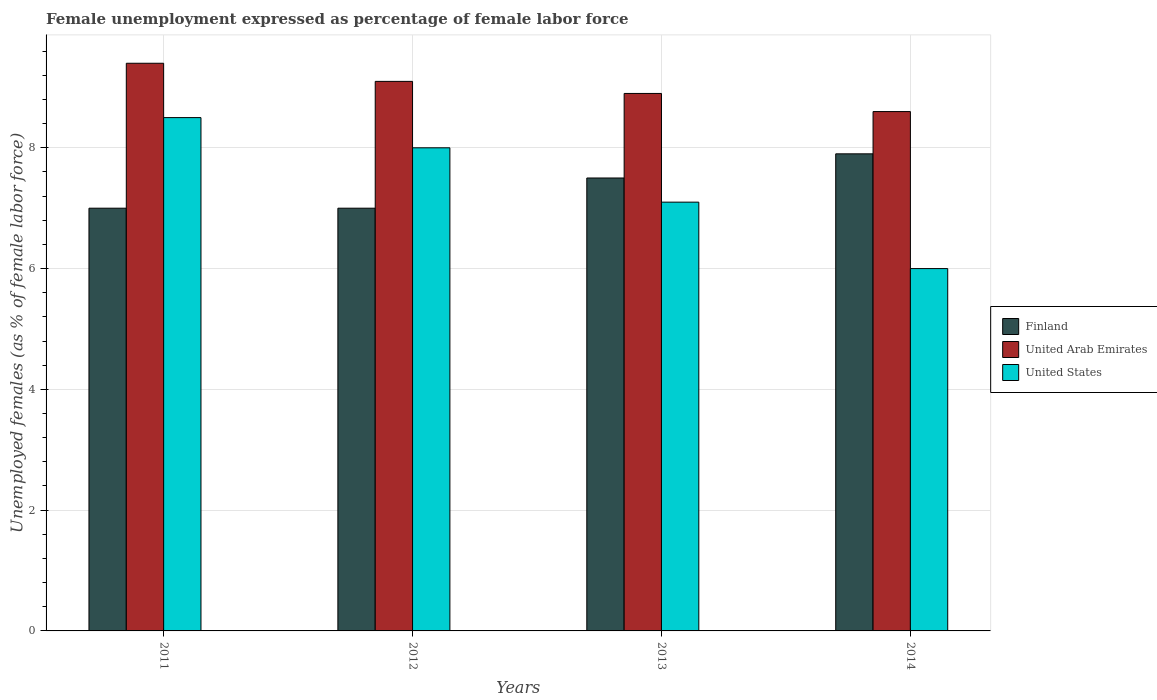
| Years | Finland | United Arab Emirates | United States |
 | --- | --- | --- | --- |
 | 2011 | 7 | 9.4 | 8.5 |
 | 2012 | 7 | 9.1 | 8 |
 | 2013 | 7.5 | 8.9 | 7.1 |
 | 2014 | 7.9 | 8.6 | 6 |